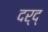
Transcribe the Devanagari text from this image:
दर्द्